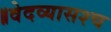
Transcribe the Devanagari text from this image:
॥वेदव्यासश्च